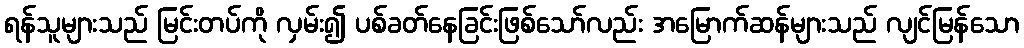
ရန်သူများသည် မြင်းတပ်ကို လှမ်း၍ ပစ်ခတ်နေခြင်းဖြစ်သော်လည်း အမြောက်ဆန်များသည် လျင်မြန်သော